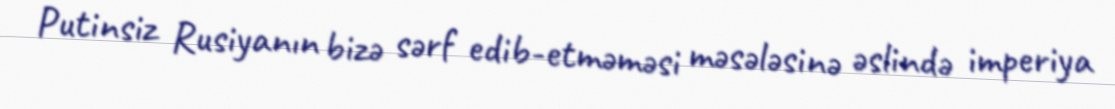
Putinsiz Rusiyanın bizə sərf edib-etməməsi məsələsinə əslində imperiya